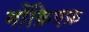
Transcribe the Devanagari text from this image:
मोंक्रिएफ़